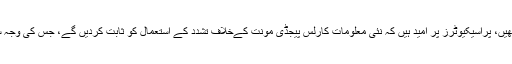
تاہم ہسپانوی پراسیکیوٹرز نے گز شتہ ہفتے جرمنی کو نئی معلومات فراہم کیں تھیں، پراسیکیوٹرز پُر امید ہیں کہ نئی معلومات کارلس پیجڈی مونت کےخلاف تشدد کے استعمال کو ثابت کردیں گے، جس کی وجہ سے کیٹلونیا کے صدر کو بغاوت کے جرم میں اسپین کےحوالے کردیا جائے گا۔